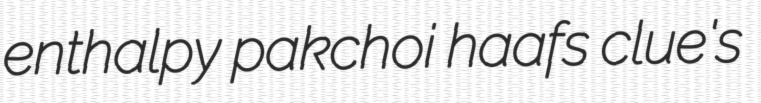
enthalpy pakchoi haafs clue's